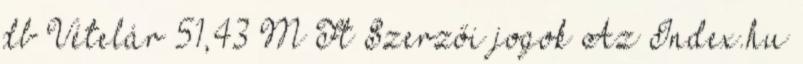
db Vételár 51,43 M Ft Szerzői jogok Az Index.hu